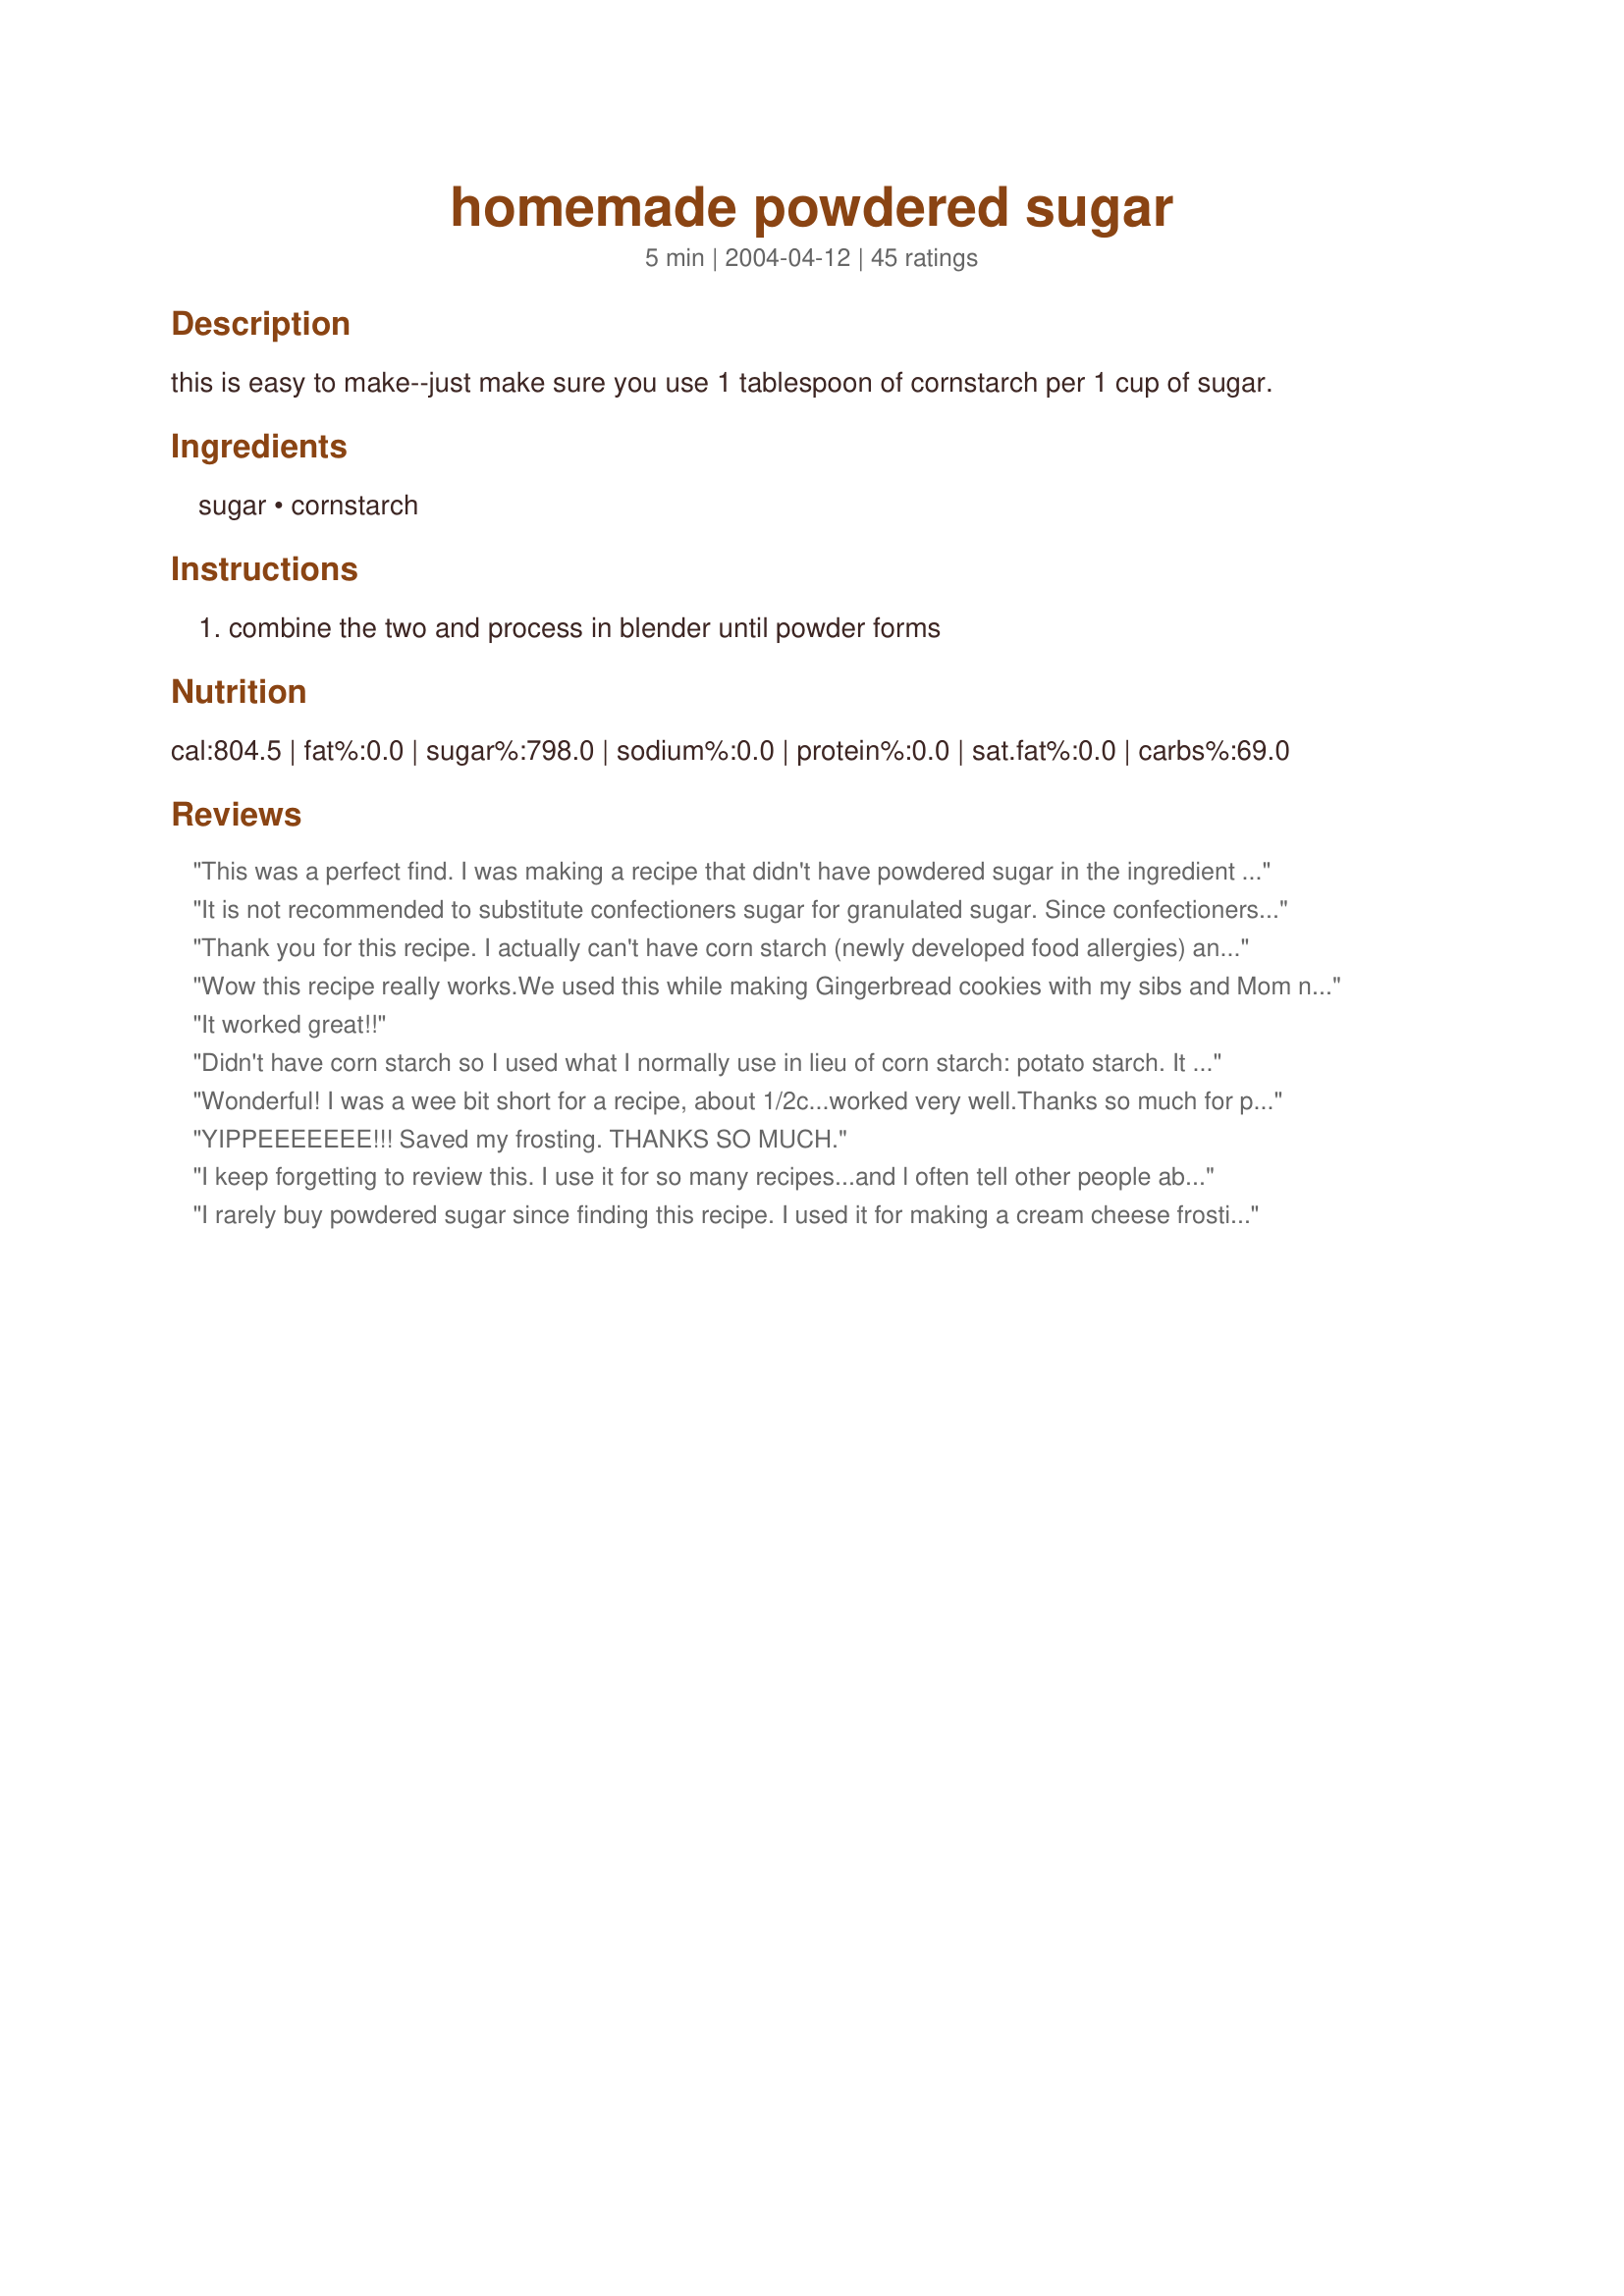
homemade powdered sugar
Preparation time: 5 minutes

this is easy to make--just make sure you use 1 tablespoon of cornstarch per 1 cup of sugar.

Ingredients:
sugar, cornstarch

Steps:
combine the two and process in blender until powder forms

Reviews:
This was a perfect find. I was making a recipe that didn't have powdered sugar in the ingredient list. In my hurry to make the recipe, I made the mistake of not reading thru the directions first. Guess what? I needed powdered sugar. So thank you for saving my recipe. It was perfect.
It is not recommended to substitute confectioners sugar for granulated sugar. Since confectioners sugar has a much finer texture, and it contains a small percentage of cornstarch to prevent caking, substituting can give you unexpected results.
Thank you for this recipe. I actually can't have corn starch (newly developed food allergies) and was going to give up "powdered sugar" but your recipe gave me the information I needed to make substitutes. Now I can make my own using Arrowroot instead of corn starch. My recipes taste just as good as before! Thanks!
Wow this recipe really works.We used this while making Gingerbread cookies with my sibs and Mom near the X-Mas of 2005. Easy to make and like real store bought kind.
It worked great!!
Didn't have corn starch so I used what I normally use in lieu of corn starch: potato starch. It came out powdery, but not as powdery as I'd want. Will try to run it through the food processor again tomorrow - maybe I hadn't left it running long enough (2 minutes). I used it on the Recipezaar recipe for funnel cake, with great results. Thanks!
Wonderful! I was a wee bit short for a recipe, about 1/2c...worked very well.Thanks so much for posting!
YIPPEEEEEEE!!! Saved my frosting. THANKS SO MUCH.
I keep forgetting to review this. I use it for so many recipes...and l often tell other people about it. Great money saving recipe and easy to prepare ahead. Thanks for saving me alot of money!
I rarely buy powdered sugar since finding this recipe. I used it for making a cream cheese frosting this afternoon. We're frosting Chocolate Zucchini Cake (18693) for dessert.
A lifesaver last night when I baked cookies and didn't know I was out of powdered sugar. THANK YOU for posting this!! cg ;)
I&#039;m not sure what I did wrong but I tried this in the food processor and the blender and it came out slightly powdery but way to grainy.
I don't buy powdered sugar anymore. I use this recipe! Thank you!
Started it in my blender, but it was getting really hot and started melting the sugar near the blade. So I switched to my Cuisinart and finished it up. It still seemed a little grainy, but by the time it blended into my frosting, it was fine. Great save!!
I have a food processor that is really sharp, but it didn’t work for this. So I used coffee grinder as recommended. It worked within seconds.
Perfect and powdered in a coffee mill with or even without a starch. I used tapioca starch to be corn free. I would use this recipe again for sure.
Thank you so much. I just hate it when i start baking and i am missing ingredients. This is easy and fixed my problem of not having powdered sugar in the house. Great recipe thanks for sharing =)
This worked great , used my old Hamilton Beach blender and I had powdered sugar in 3 minutes.
Same as the others, I started to frost a cake and realized I was out of powdered sugar. This was at 6:30 in the morning before I was due to go to work at 8:00. No time to go to the store...Recipezaar and Recipe Fairy to the rescue! Thanks a million!
This worked in a pinch. I left the FP running for quite a while but it still remained pretty grainy. I used a Cuisinart FP, maybe other brands are able to grinds the sugar a little finer. I&#039;m glad I found the recipe so I could ice my cake. Thanks for sharing the recipe.
Loved it for use in my frosting for Ricotta Cheese Cookies.
WOO HOO!! Thank you for this recipe!!! I was right in the middle of making a peanut butter pie for my DH and forgot to check if I had powered sugar. I was so happy to find someone had posted a recipe for that ingredient! I'll be sure to use this recipe again, again, and again for future recipes. So much easier than having extra sugars in the house; I can just use what is available in my pantry to make it now!! God Bless You, Southern Chef!!! :-D
I skipped the corn starch. Ground the sugar in a coffee grinder, and it worked perfectly :)
How easy and sooo much cheaper than store bought! Thank you for helping me keep the food bill down.
I am making donuts and I need 2 cups of powdered sugar for glazed donuts and don't have it. Now I do. Thanks so much I live 20 miles away from town, can't just go to the store. Thank You, Thank You Thank You!
Thank you, powdered sugar is very price here. I works and a lot cheaper!
This recipe is a lifesaver! Thank you.
Works wonderfully! I used my not-for-coffee coffee grinder (I don't have a large food processor or blender)
How long does it take to process the sugar to a powdery form? I did it for about 5 minutes and gave up!
Don’t try this with a Ninja ?? almost burn my machine! My Oster though, man the old stuff never dies! ??
Yay! I am so happy I found this recipe. I was making strawberry cheesecake bars and only had 1 cup of powdered sugar but needed 2. Skeptical at first but this REALLY works and I will never buy powdered sugar again! Thanks!
Thank you! I rarely have confectioner's sugar on hand, but I always have cornstarch and regular sugar. This was so simple I won't worry about buying it any more. My blender had a bit of a hard time with it, so I'll try it in my food processor next time.
This really works remarkably well! You saved my dessert I was in the middle of making when I found I was out of powdered sugar!!
Oh yes !! You have just saved my recipe..I thought I had Powdered Sugar. Just used it for Recipe #53056. Thank You Thank You!! Have a wonderful day!! Hugs
This works great and is much cheaper than buying it in the store!
Turned out great for a recipe I ran short of powdered sugar in! I used flour instead of cornstarch due to the cornstarch likelihood of GMOs...made no difference! Thanks southern chef!
I do this in my coffee grinder-not-used-for-coffee. Works great, makes a cloud of dust when you open though if you aren't careful. In many recipes, you can leave out the cornstarch.
What a wonderful subsitute for powdered sugar, I made this for a fudge recipe, and it turned out great (both the fudge and the icing sugar..lol!)...I will make a large batch and probably will never purchase icing sugar again.
Thanks so much recipe fairy for this great idea....KC :-)
This turned out great. I even substituted sugar with splenda and added a little bit of vanilla extract and it made a great icing for cinnamon rolls.
Oh thank you for posting this! I was in the middle of making the filling for homemade Oreos and looked in my pantry and what didn't I see? Yuppers you guessed it powdered sugar. I thought there was some majical way they made it honestly lol been a baker for more than two decades and always bought my own... Well that stops today! Easy fast and I always have on hand both ingredients. Thanks Southern!
I never run out of anything! Well almost. I went to make my Sunburst Lemon Bars (Pillsbury) and decided to see if I could find a recipe for ps on Zaar. Lucky me... I found that it became more powdery after about 30 seconds or the more I blended. Wait a minute before you take the top off the blender if you don't want "sugar smoke" all over.Thank You SCL.
Great recipe! Saved me from having to go to the store....DO NOT DOUBLE! It didn't work as well with two cups of sugar.
I live way out of town so it's great to know th way to get round not having the ingredients you need Thanks so much
Worked great, and cheaper than buying it in the store!
This worked really well with one cup of sugar and no cornstarch in my small blender.
